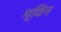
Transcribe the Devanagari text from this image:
म्विन